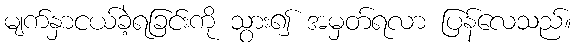
မျက်နှာငယ်ခဲ့ရခြင်းကို သွား၍ အမှတ်ရလာ ပြန်လေသည်။